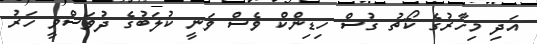
އަދި މިހާރުގެ ކޯޗު ގުސް ހިޑިންކް ވެސް ވަނީ ކުލަބުގެ ދުވަސްވީ ހަރު